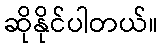
ဆိုနိုင်ပါတယ်။